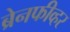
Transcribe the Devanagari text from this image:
ब्रेनफीव्हर